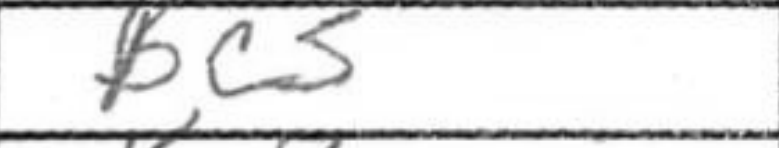
Transcription: Bc5